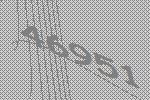
46951